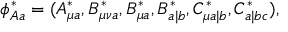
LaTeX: \phi _ { A a } ^ { \ast } = ( A _ { \mu a } ^ { \ast } , B _ { \mu \nu a } ^ { \ast } , B _ { \mu a } ^ { \ast } , B _ { a | b } ^ { \ast } , C _ { \mu a | b } ^ { \ast } , C _ { a | b c } ^ { \ast } ) ,